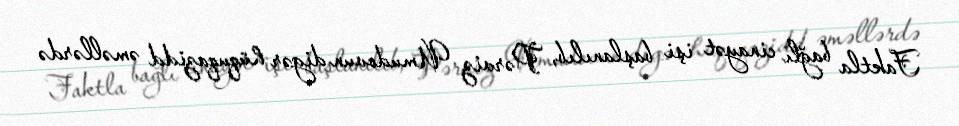
Faktla bağlı cinayət işi başlanılıb, Pərviz Umudovun digər hüquqazidd əməllərdə